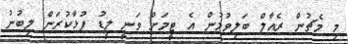
މި މެޗުން ރެއާލް ބަލިވުމުން އެ ޓީމަށް ވަނީ ލީޑު ފުޅާކުރަން ލިބުނު